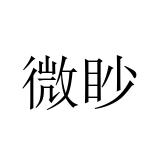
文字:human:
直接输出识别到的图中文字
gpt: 微眇